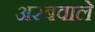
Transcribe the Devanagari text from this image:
अरबवाले